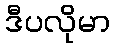
ဒီပလိုမာ